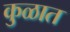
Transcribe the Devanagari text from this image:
कु़ळात